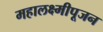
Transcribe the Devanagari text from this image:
महालक्ष्मीपूजन